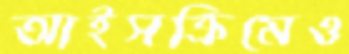
আইসক্রিমেও